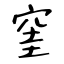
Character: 窐